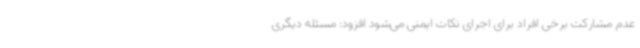
عدم مشارکت برخی افراد برای اجرای نکات ایمنی می‌شود افزود: مسئله دیگری